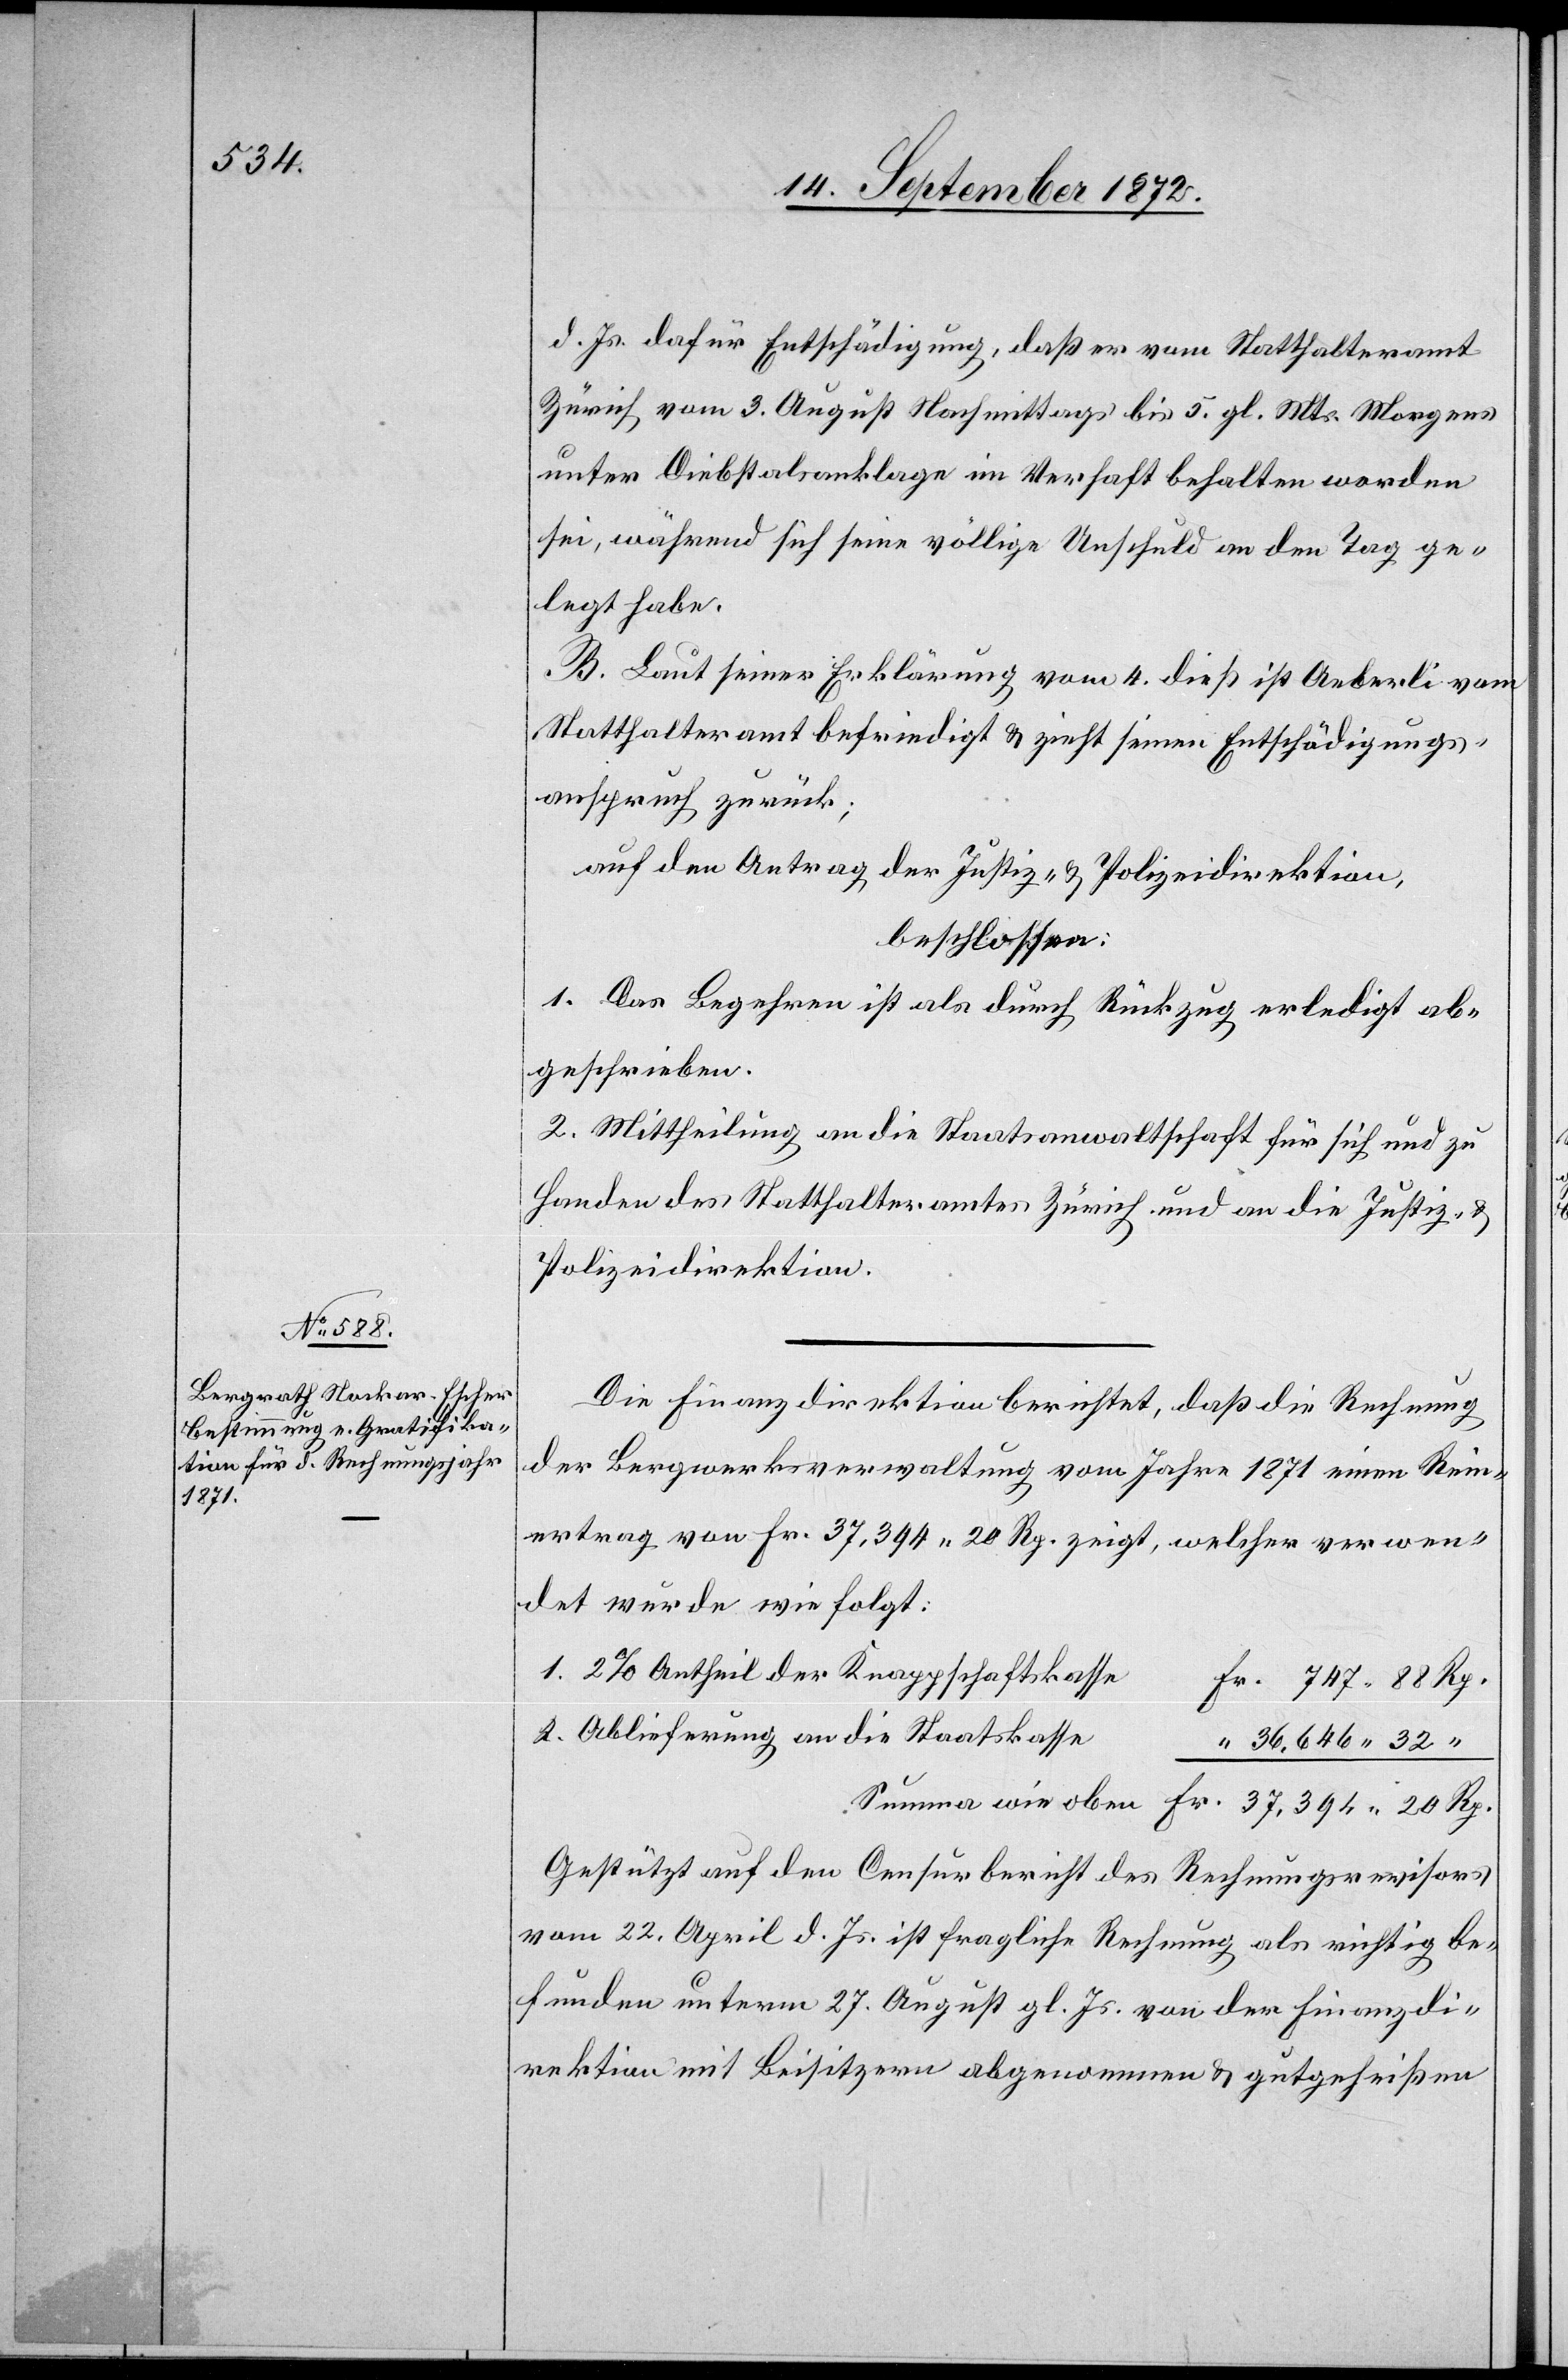
d. Js. dafür Entschädigung, daß er vom Statthalteramt
Zürich vom 3. August Nachmittags bis 5. gl. Mts. Morgens
unter Diebstalsanklage im Verhaft behalten worden
sei, während sich seine völlige Unschuld an den Tag ge¬
legt habe.
B. Laut seiner Erklärung vom 4. dieß ist Aeberli vom
Statthalteramt befriedigt u. zieht seinen Entschädigungs¬
anspruch zurück;
auf den Antrag der Justiz- u. Polizeidirektion,
beschlossen:
1. Das Begehren ist als durch Rückzug erledigt ab¬
geschrieben.
2. Mittheilung an die Staatsanwaltschaft für sich und zu
Handen des Statthalteramtes Zürich und an die Justiz- u.
Polizeidirektion.
Die Finanzdirektion berichtet, daß die Rechnung
der Bergwerksverwaltung vom Jahre 1871 einen Rein¬
ertrag von Fr. 37,394 20 Rp. zeigt, welcher verwen¬
det wurde wie folgt:
1. 2% Antheil der Knappschaftskasse
747 88 Rp.
2. Ablieferung an die Staatskasse
36,646 32 “
oben
Gestützt auf den Censurbericht des Rechnungsrevisors
vom 22. April d. Js. ist fragliche Rechnung als richtig be¬
funden unterm 27. August gl. Js. von der Finanzdi¬
rektion mit Beisitzern abgenommen u. gutgeheißen